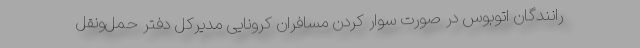
رانندگان اتوبوس در صورت سوار کردن مسافران کرونایی مدیرکل دفتر حمل‌ونقل